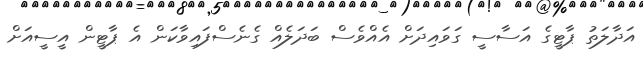
އަދާލަތު ޕާޓީގެ އަސާސީ ގަވައިދަށް އެއްވެސް ބަދަލެއް ގެނެސްފައިވާކަން އެ ޕާޓީން އީސީއަށް